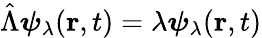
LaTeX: \hat{\Lambda}\boldsymbol{\psi}_{\lambda}(\mathbf{r},t)=\lambda\boldsymbol{\psi}_{\lambda}(\mathbf{r},t)